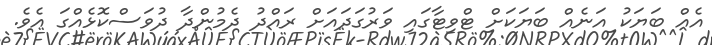
އެއް ބަޔަކު އަނެއް ބަޔަކަށް ޓްވިޓާގައި ވަރުގަދައަށް ރައްދު ދެމުންދާ ދުވަސްކޮޅެއްގަ އެވެ.